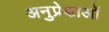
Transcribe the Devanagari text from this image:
अनुप्रेक्षाओं